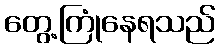
တွေ့ကြုံနေရသည်